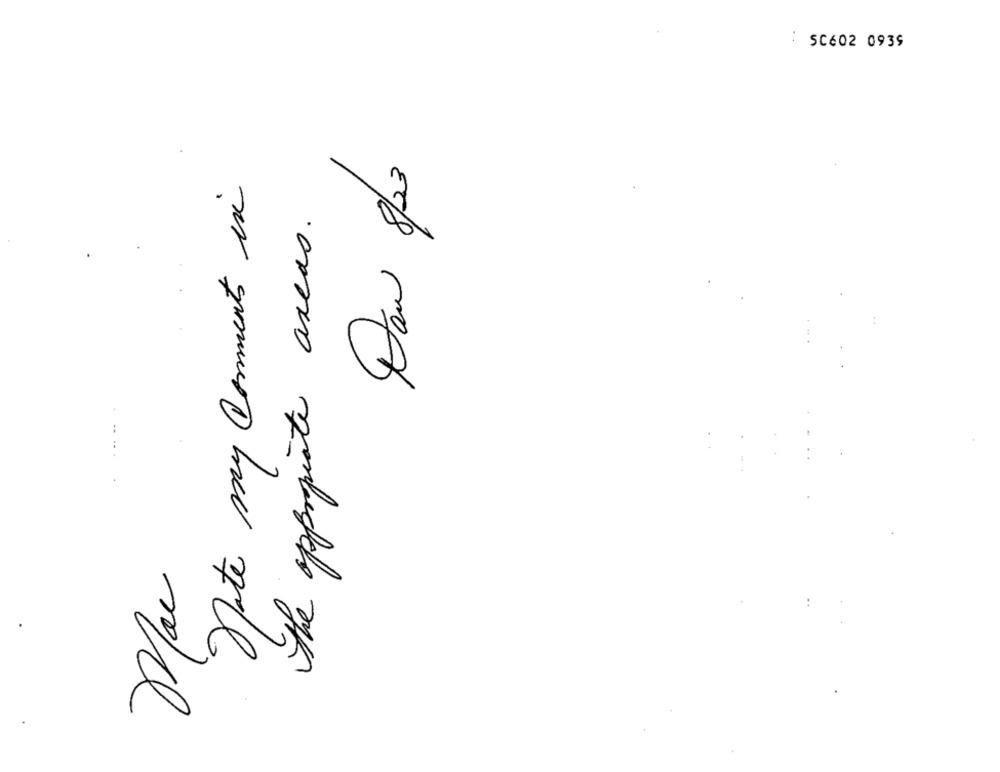
50602 0939
Dan 8/23
note my Comments in
The appropriate areas.